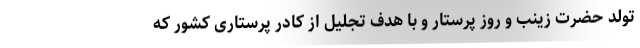
تولد حضرت زینب و روز پرستار و با هدف تجلیل از کادر پرستاری کشور که